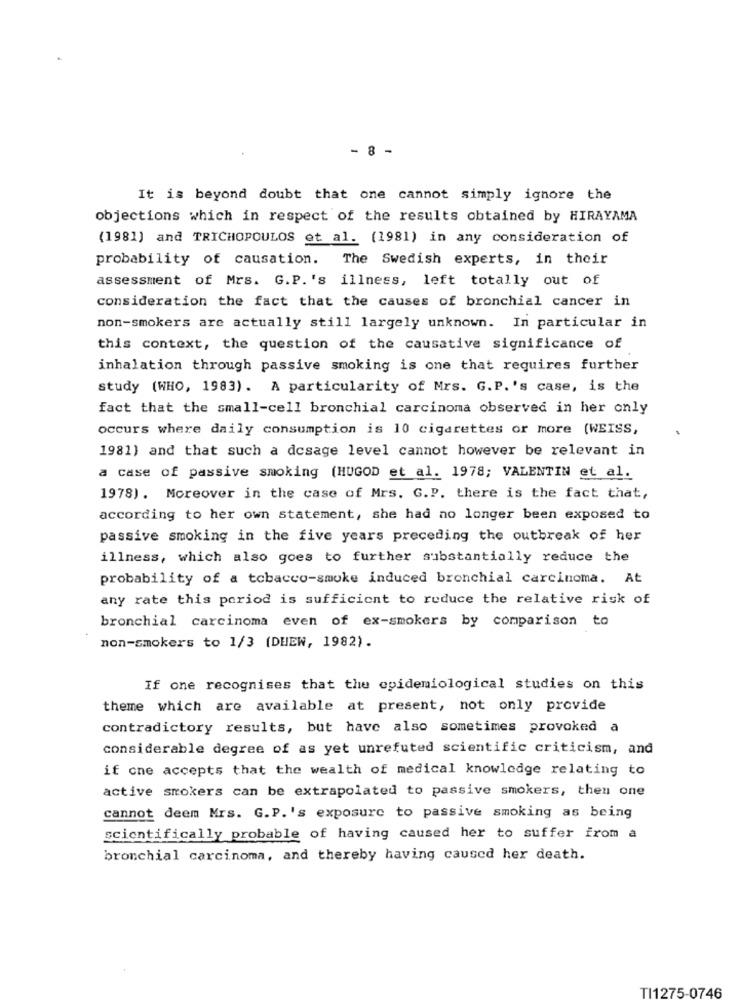
- 8 -
It is beyond doubt that one cannot simply ignore the
objections which in respect of the results obtained by HIRAYAMA
(1981] and TRICHOPOULOS et al. (1981) in any consideration of
probability of causation. The Swedish experts, in their
assessment of Mrs. G.P. 's illness, left totally out of
consideration the fact that the causes of bronchial cancer in
non-smokers are actually still largely unknown. In particular in
this context, the question of the causative significance of
inhalation through passive smoking is one that requires further
study (WHO, 1983). A particularity of Mrs. G.P.'s case, is the
fact that the small-cell bronchial carcinoma observed in her only
occurs where daily consumption is 10 cigarettes or more (WEISS,
1981) and that such a dosage level cannot however be relevant in
a case of passive smoking (HUGOD et al. 1978; VALENTIN et al.
1978) . Moreover in the case of Mrs. G.P. there is the fact that,
according to her own statement, she had no longer been exposed to
passive smoking in the five years preceding the outbreak of her
illness, which also goes to further substantially reduce the
probability of a tobacco-smoke induced bronchial carcinoma. At
any rate this period is sufficient to reduce the relative risk of
bronchial carcinoma even of ex-smokers by comparison to
non-smokers to 1/3 (DHEW, 1982).
If one recognises that the epidemiological studies on this
theme which are available at present, not only provide
contradictory results, but have also sometimes provoked a
considerable degree of as yet unrefuted scientific criticism, and
if one accepts that the wealth of medical knowledge relating to
active smokers can be extrapolated to passive smokers, then one
cannot deem Mrs. G.P.'s exposure to passive smoking as being
scientifically probable of having caused her to suffer from a
bronchial carcinoma, and thereby having caused her death.
TI1275-0746